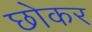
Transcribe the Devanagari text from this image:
छोकर